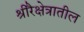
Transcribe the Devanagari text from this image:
श्रीरैक्षेत्रातील